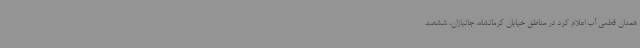
همدان قطعی آب اعلام کرد در مناطق خیابان کرمانشاه، جانبازان، ششصد